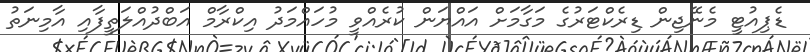
ޑެޕިއުޓީ މެނޭޖިން ޑިރެކްޓަރުގެ މަގާމަށް އައްޔަން ކުރެއްވީ މުހައްމަދު އިކްރާމް އަބްދުއްލަތީފާއި އާމިނަތު